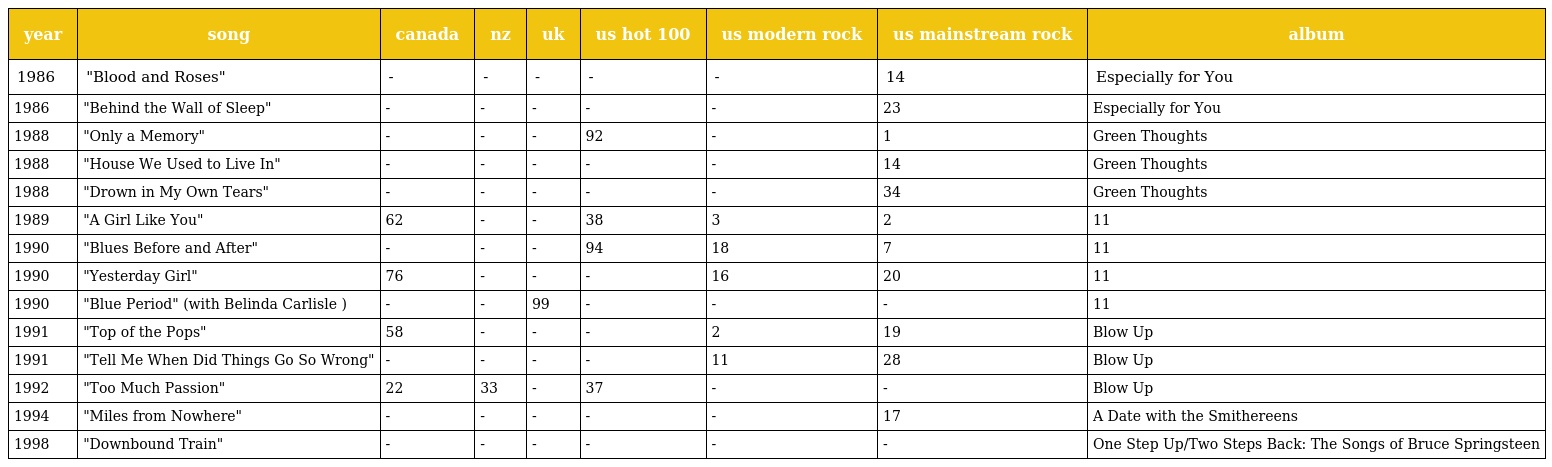
| year | song | canada | nz | uk | us hot 100 | us modern rock | us mainstream rock | album |
 | --- | --- | --- | --- | --- | --- | --- | --- | --- |
 | 1986 | "Blood and Roses" | - | - | - | - | - | 14 | Especially for You |
 | 1986 | "Behind the Wall of Sleep" | - | - | - | - | - | 23 | Especially for You |
 | 1988 | "Only a Memory" | - | - | - | 92 | - | 1 | Green Thoughts |
 | 1988 | "House We Used to Live In" | - | - | - | - | - | 14 | Green Thoughts |
 | 1988 | "Drown in My Own Tears" | - | - | - | - | - | 34 | Green Thoughts |
 | 1989 | "A Girl Like You" | 62 | - | - | 38 | 3 | 2 | 11 |
 | 1990 | "Blues Before and After" | - | - | - | 94 | 18 | 7 | 11 |
 | 1990 | "Yesterday Girl" | 76 | - | - | - | 16 | 20 | 11 |
 | 1990 | "Blue Period" (with Belinda Carlisle ) | - | - | 99 | - | - | - | 11 |
 | 1991 | "Top of the Pops" | 58 | - | - | - | 2 | 19 | Blow Up |
 | 1991 | "Tell Me When Did Things Go So Wrong" | - | - | - | - | 11 | 28 | Blow Up |
 | 1992 | "Too Much Passion" | 22 | 33 | - | 37 | - | - | Blow Up |
 | 1994 | "Miles from Nowhere" | - | - | - | - | - | 17 | A Date with the Smithereens |
 | 1998 | "Downbound Train" | - | - | - | - | - | - | One Step Up/Two Steps Back: The Songs of Bruce Springsteen |